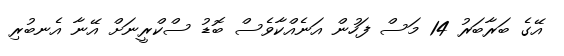
އޭގެ ބަރާބަރު 14 މަސް ފަހުން އަނެއްކާވެސް ބޮޑު ސްކްރީނަށް އޭނާ އެނބުރި